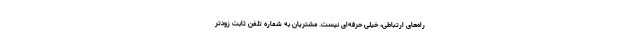
راه‌های ارتباطی، خیلی حرفه‌ای نیست. مشتریان به شماره تلفن ثابت زودتر